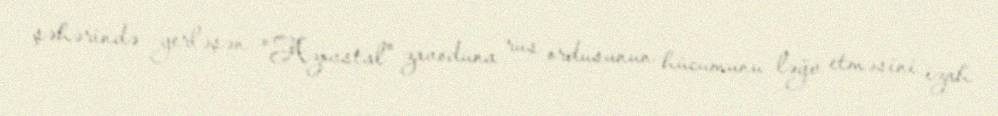
şəhərində yerləşən "Azovstal" zavoduna rus ordusunun hücumunu ləğv etməsini izah